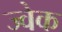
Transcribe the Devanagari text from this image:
ज्वेक